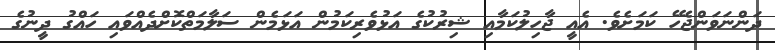
ދަންނަވަންޖެހޭ ކަމަށެވެ. އެއީ ޖާހިލުކަމާއި ޝިރުކުގެ އަޅުވެރިކަމުން އަޅަމެން ސަލާމަތްކޮށްދެއްވައި ހައްގު ދީނުގެ